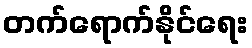
တက်ရောက်နိုင်ရေး